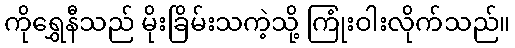
ကိုရွှေနီသည် မိုးခြိမ်းသကဲ့သို့ ကြုံးဝါးလိုက်သည်။